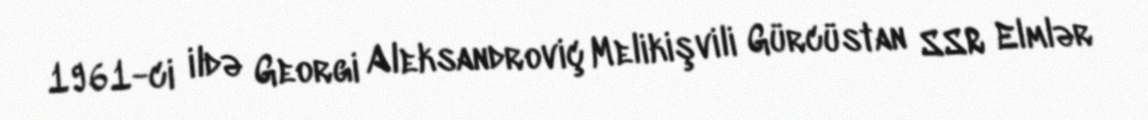
1961-ci ildə Georgi Aleksandroviç Melikişvili Gürcüstan SSR Elmlər